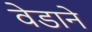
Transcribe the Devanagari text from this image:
वेडाने